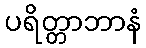
ပရိတ္တာဘာနံ